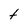
Character: t